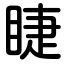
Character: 睫